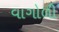
વાગોળી